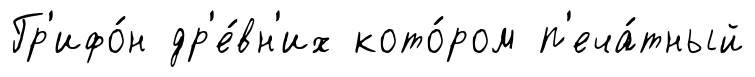
Гр'ифо́н др'е́вн'их кото́ром п'еча́тный